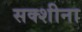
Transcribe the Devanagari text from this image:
सक्शीना